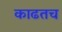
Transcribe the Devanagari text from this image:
काढतच